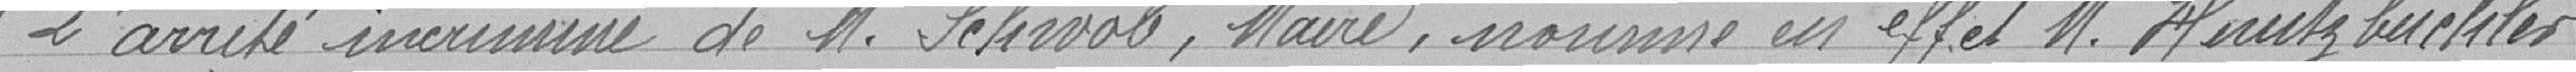
" L'arrêté incriminé de Monsieur Schwob, Maire, nommee en effet Monsieur Huntzbuchler